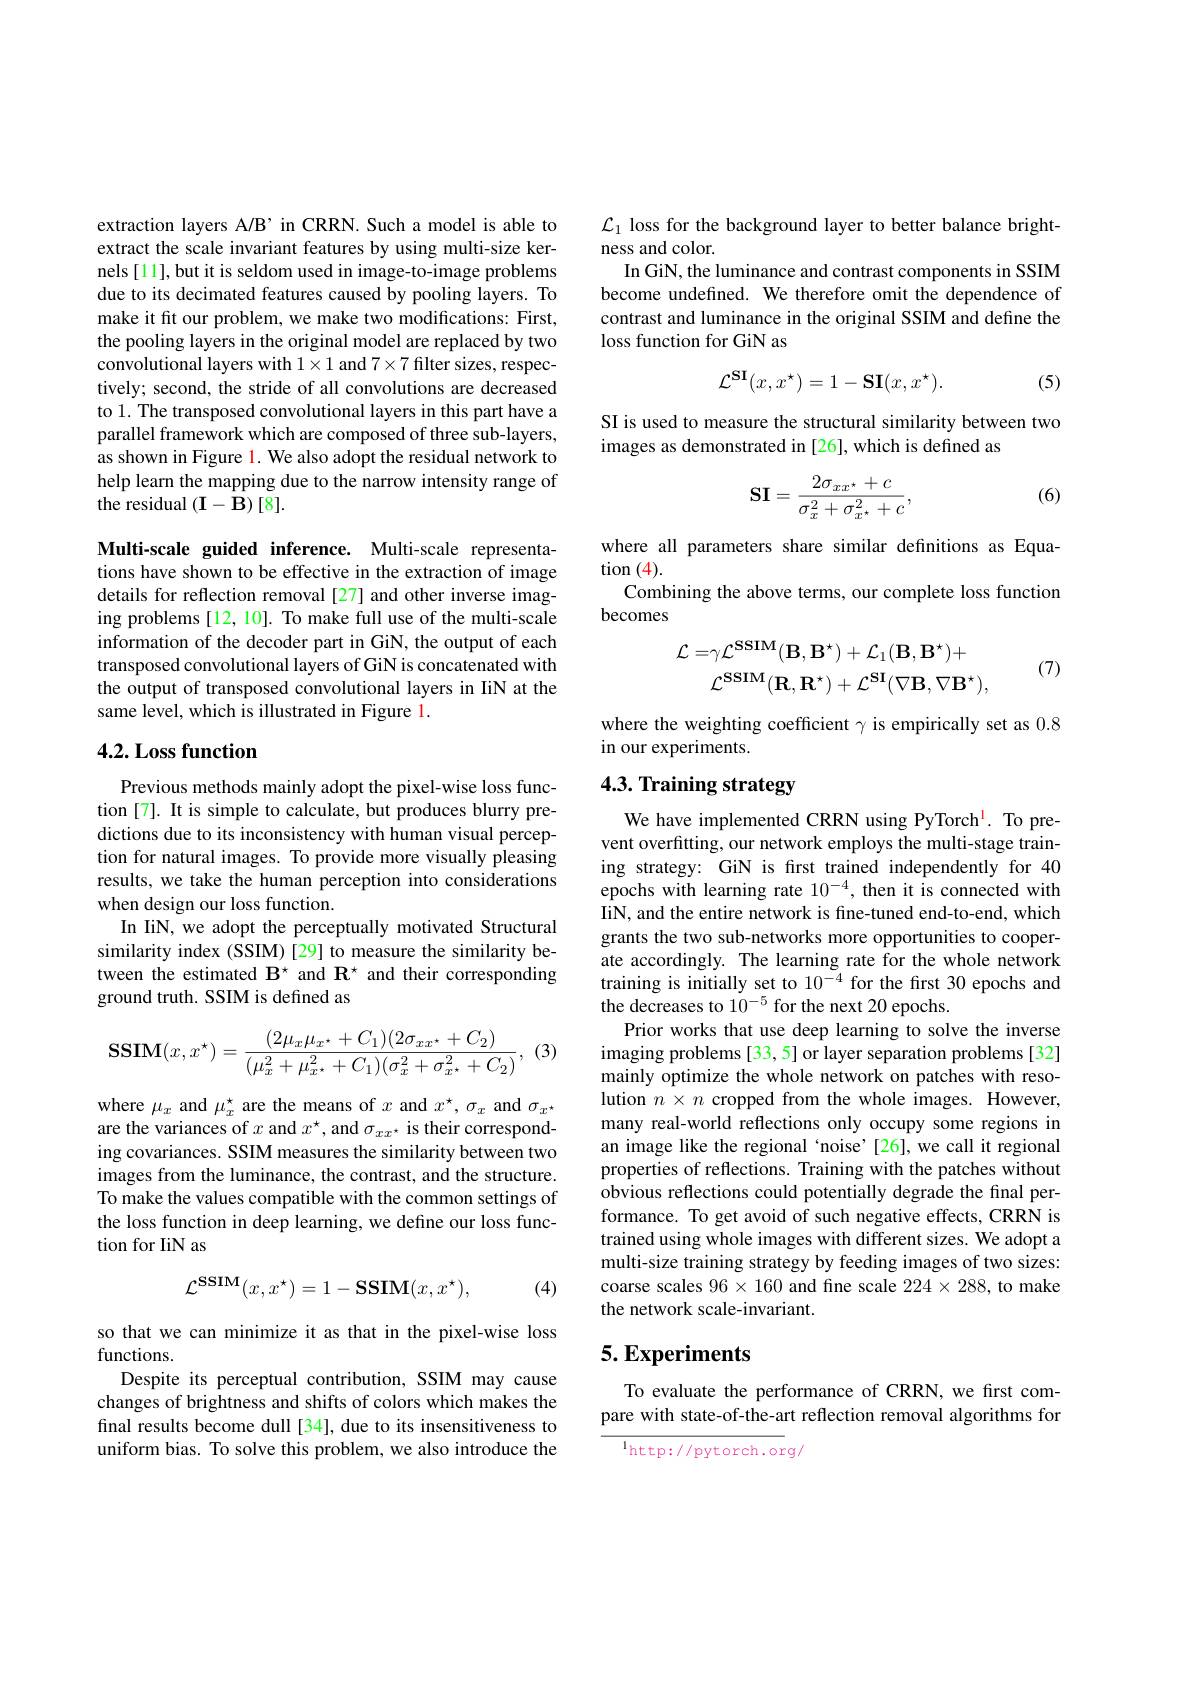
extraction layers A/B’in CRRN. Such a model is able to extract the scale invariant features by using multi-size kernels [11], but it is seldom used in image-to-image problems due to its decimated features caused by pooling layers. To make it fit our problem, we make two modifications: First, the pooling layers in the original model are replaced by two convolutional layers with $1\times1$ and $7\times7$ filter sizes, respectively; second, the stride of all convolutions are decreased to 1. The transposed convolutional layers in this part have a parallel framework which are composed of three sub-layers, as shown in Figure 1. We also adopt the residual network to help learn the mapping due to the narrow intensity range of the residual $(\mathbf{I}-\mathbf{B})[8].$

Multi-scale guided inference. Multi-scale representations have shown to be effective in the extraction of image details for reflection removal [27] and other inverse imaging problems [12, 10]. To make full use of the multi-scale information of the decoder part in GiN, the output of each transposed convolutional layers of GiN is concatenated with the output of transposed convolutional layers in IiN at the same level, which is illustrated in Figure l.

## 4.2. Loss function

Previous methods mainly adopt the pixel-wise loss function [7]. It is simple to calculate, but produces blurry predictions due to its inconsistency with human visual perception for natural images. To provide more visually pleasing results, we take the human perception into considerations when design our loss function.
In IiN, we adopt the perceptually motivated Structural similarity index (SSIM) [29] to measure the similarity between the estimated $\mathbf{B}^{\star}$ and $\mathbf{R}^{\star}$ and their corresponding ground truth. SSIM is defined as

(3)
$$\mathbf{SSIM}(x,x^\star)=\frac{(2\mu_x\mu_{x^\star}+C_1)(2\sigma_{xx^\star}+C_2)}{(\mu_x^2+\mu_{x^\star}^2+C_1)(\sigma_x^2+\sigma_{x^\star}^2+C_2)},$$
where $\mu_x$ and $\mu_x^\star$ are the means of $x$ and $x^\star,\sigma_x$ and $\sigma_x^\star$ are the variances of $x$ and $x^\star$, and $\sigma_{xx^\star}$ is their corresponding covariances. SSIM measures the similarity between two images from the luminance, the contrast, and the structure. To make the values compatible with the common settings of the loss function in deep learning, we define our loss function for IiN as

(4)
$$\mathcal{L}^{\mathbf{SSIM}}(x,x^\star)=1-\mathbf{SSIM}(x,x^\star),$$
so that we can minimize it as that in the pixel-wise loss
functions.
Despite its perceptual contribution, SSIM may cause changes of brightness and shifts of colors which makes the final results become dull [34], due to its insensitiveness to uniform bias. To solve this problem, we also introduce the

$\mathcal{L}_1$ loss for the background layer to better balance bright-
ness and color
In GiN, the luminance and contrast components in SSIM become undefined. We therefore omit the dependence of contrast and luminance in the original SSIM and define the loss function for GiN as

(5)
$$\mathcal{L}^{\mathbf{SI}}(x,x^{\star})=1-\mathbf{SI}(x,x^{\star}).$$
SI is used to measure the structural similarity between two
images as demonstrated in [26], which is defined as
$$\mathbf{SI}=\frac{2\sigma_{xx^{\star}}+c}{\sigma_{x}^{2}+\sigma_{x^{\star}}^{2}+c},$$
(6)

where all parameters share similar definitions as Equa-
$\tan{(4)}.$
Combining the above terms, our complete loss function
becomes
$$\begin{aligned}\mathcal{L}=&\gamma\mathcal{L}^{\mathbf{SSIM}}(\mathbf{B},\mathbf{B}^{\star})+\mathcal{L}_{1}(\mathbf{B},\mathbf{B}^{\star})+\\&\mathcal{L}^{\mathbf{SSIM}}(\mathbf{R},\mathbf{R}^{\star})+\mathcal{L}^{\mathbf{SI}}(\nabla\mathbf{B},\nabla\mathbf{B}^{\star}),\end{aligned}$$
(7)

where the weighting coefficient $\gamma$ is empirically set as 0.8

in our experiments.

## 4.3. Training strategy

We have implemented CRRN using PyTorch$^\mathrm{l}.$ To prevent overfitting, our network employs the multi-stage training strategy: GiN is first trained independently for 40 epochs with learning rate $10^{-4}$, then it is connected with IiN, and the entire network is fine-tuned end-to-end, which grants the two sub-networks more opportunities to cooperate accordingly. The learning rate for the whole network training is initially set to $10^{-4}$ for the first 30 epochs and the decreases to $10^{-5}$ for the next 20 epochs.
Prior works that use deep learning to solve the inverse imaging problems [33,5] or layer separation problems [32] mainly optimize the whole network on patches with resolution $n\times n$ cropped from the whole images. However, many real-world reflections only occupy some regions in an image like the regional ‘noise’[26],we call it regional properties of reflections. Training with the patches without obvious reflections could potentially degrade the final performance. To get avoid of such negative effects, CRRN is trained using whole images with different sizes. We adopt a multi-size training strategy by feeding images of two sizes: coarse scales $96\times160$ and fine scale $224\times288$, to make the network scale-invariant.

# 5. Experiments

To evaluate the performance of CRRN, we first compare with state-of-the-art reflection removal algorithms for

$^{1}$http://pytorch.org/